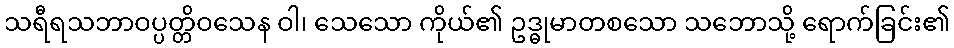
သရီရသဘာဝပ္ပတ္တိဝသေန ဝါ၊ သေသော ကိုယ်၏ ဥဒ္ဓုမာတစသော သဘောသို့ ရောက်ခြင်း၏